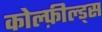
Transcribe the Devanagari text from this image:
कोल्फ़ील्ड्स